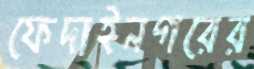
ফেদাইনগরের